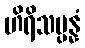
ဟိရိသမ္ပန္နံ